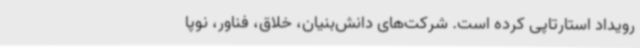
رویداد استارتاپی کرده است. شرکت‌های دانش‌بنیان، خلاق، فناور، نوپا